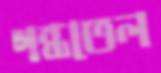
গন্ধতেল